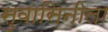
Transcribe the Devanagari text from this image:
सुवासिनीला